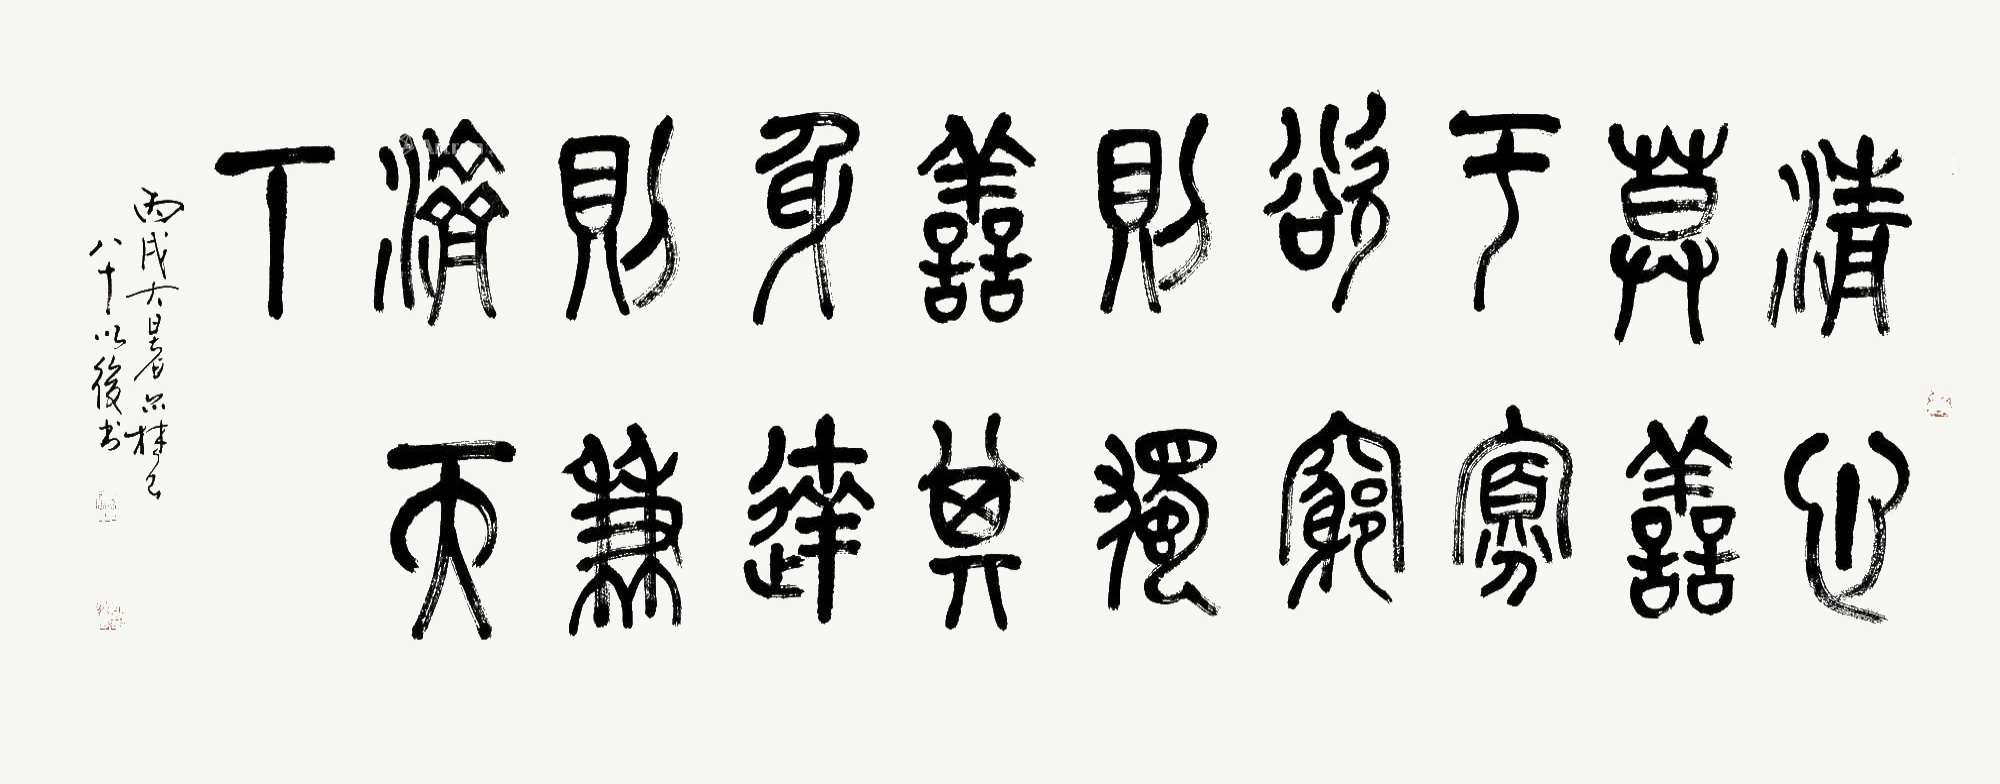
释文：清心莫善于寡欲，穷则独善其身，达则兼济天下丙戌大暑亦农，八十以后书